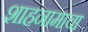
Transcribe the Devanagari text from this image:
शाहनामाचा